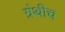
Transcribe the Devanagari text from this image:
ग्रंथीच